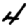
Digit: 4